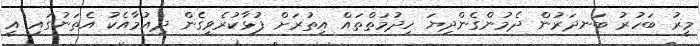
މީރު ބަހުރު ބަނދަރުން ދެމުންގެންދިޔަ ހިދުމަތްތައް އިތުރަށް ފުޅާކުރެވިގެން ދިއުމާއެކު އެތަނުގައި އީ